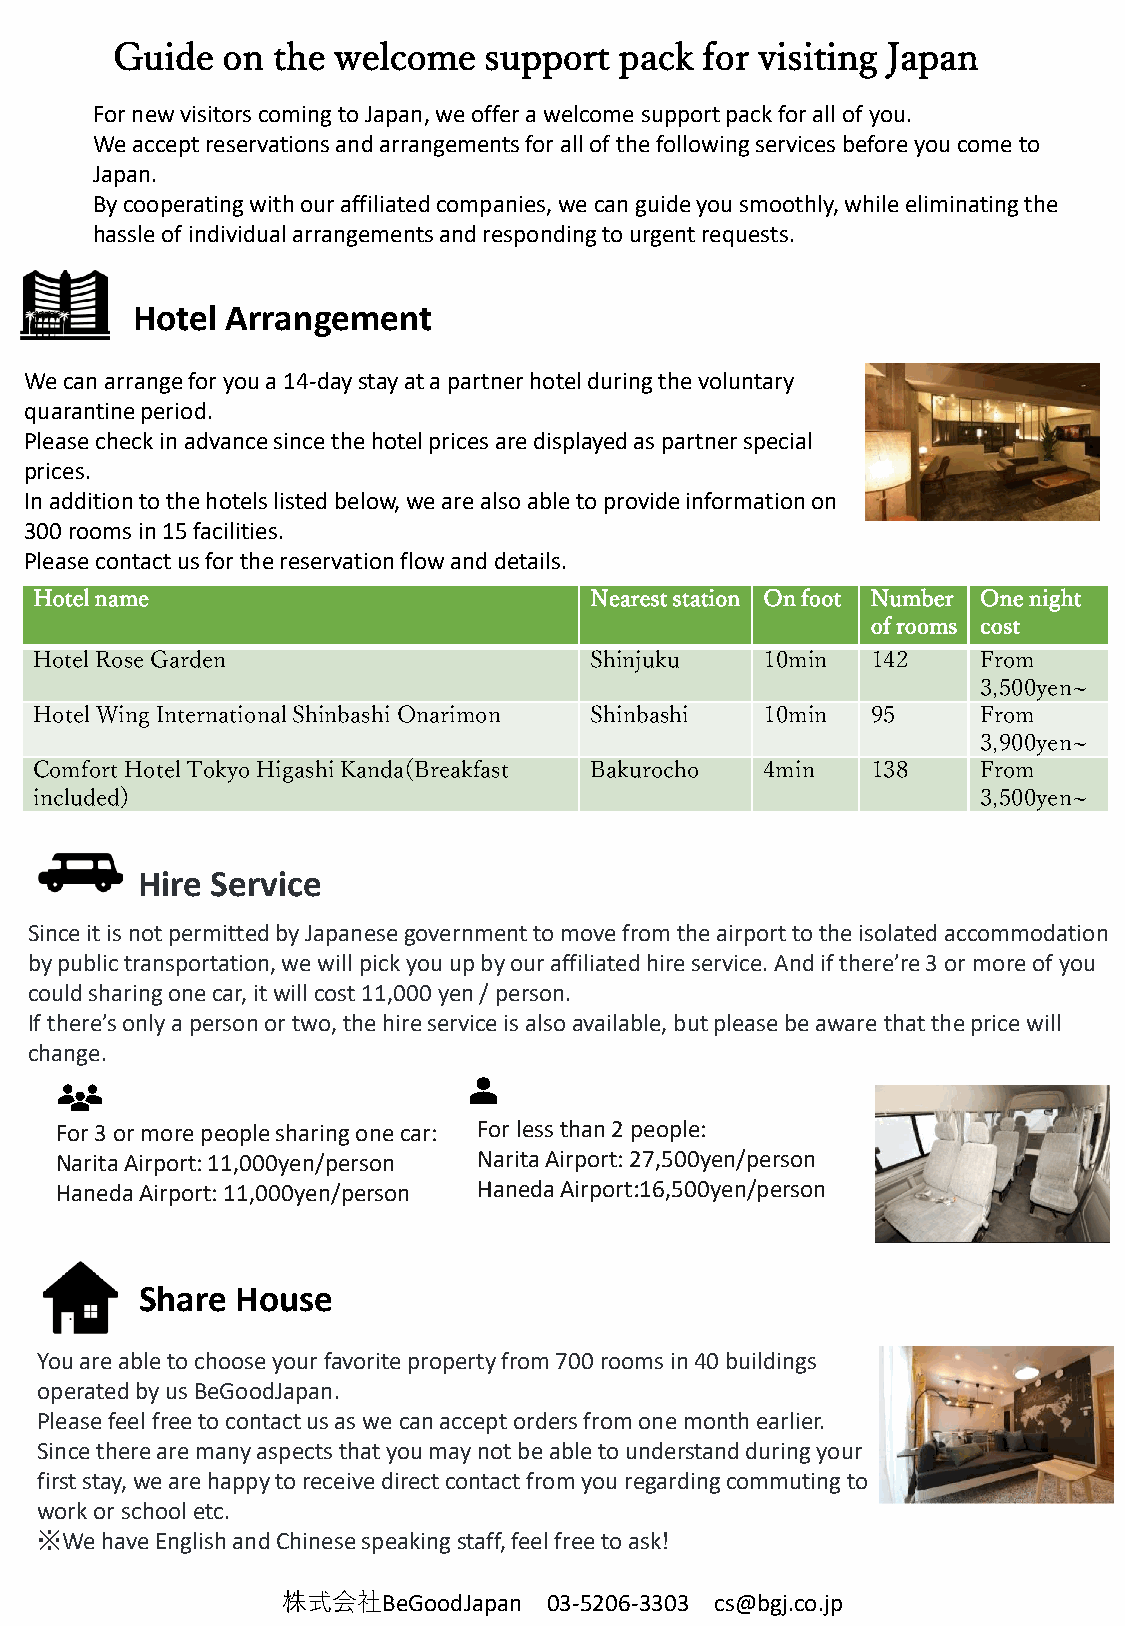
Guide   on the welcome   support  pack for visiting Japan
 For new visitors coming to Japan, we offer a welcome support pack for all of you.
 We accept reservations and arrangements for all of the following services before you come to
 Japan.
 By cooperating with our affiliated companies, we can guide you smoothly, while eliminating the
 hassle of individual arrangements and responding to urgent requests.
 Hotel Arrangement
 We can arrange for you a 14-day stay at a partner hotel during the voluntary
 quarantine period.
 Please check in advance since the hotel prices are displayed as partner special
 prices.
 In addition to the hotels listed below, we are also able to provide information on
 300 rooms in 15 facilities.
 Please contact us for the reservation flow and details.
 Hotel name                           Nearest station On foot Number One night
 of rooms cost
 Hotel Rose Garden                    Shinjuku    10min  142    From
 3,500yen~
 Hotel Wing International ShinbashiOnarimon Shinbashi 10min 95  From
 3,900yen~
 Comfort Hotel Tokyo Higashi Kanda(Breakfast Bakurocho 4min 138 From
 included)                                                      3,500yen~
 Hire Service
 Since it is not permitted by Japanese government to move from the airport to the isolated accommodation
 by public transportation, we will pick you up by our affiliated hire service. And if there’re 3 or more of you
 could sharing one car, it will cost 11,000 yen / person.
 If there’s only a person or two, the hire service is also available, but please be aware that the price will
 change.
 For 3 or more people sharing one car: For less than 2 people:
 Narita Airport: 11,000yen/person Narita Airport: 27,500yen/person
 Haneda Airport: 11,000yen/person Haneda Airport:16,500yen/person
 Share  House
 You are able to choose your favorite property from 700 rooms in 40 buildings
 operated by us BeGoodJapan.
 Please feel free to contact us as we can accept orders from one month earlier.
 Since there are many aspects that you may not be able to understand during your
 first stay, we are happy to receive direct contact from you regarding commuting to
 work or school etc.
 ※We  have English and Chinese speaking staff, feel free to ask!
 株式会社BeGoodJapan  03-5206-3303 cs@bgj.co.jp